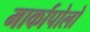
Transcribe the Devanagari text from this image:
मार्कापोलो